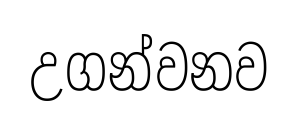
උගන්වනව